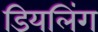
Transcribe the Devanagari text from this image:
डियलिंग